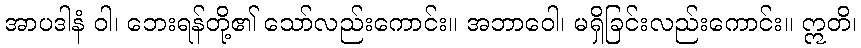
အာပဒါနံ ဝါ၊ ဘေးရန်တို့၏ သော်လည်းကောင်း။ အဘာဝေါ၊ မရှိခြင်းလည်းကောင်း။ ဣတိ၊